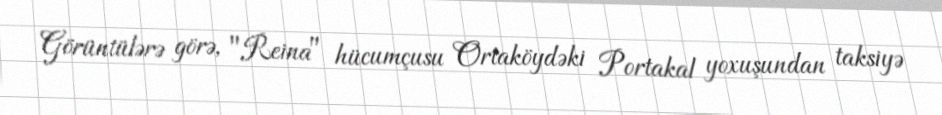
Görüntülərə görə, "Reina" hücumçusu Ortaköydəki Portakal yoxuşundan taksiyə